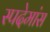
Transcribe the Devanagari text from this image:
स्पदेमांस